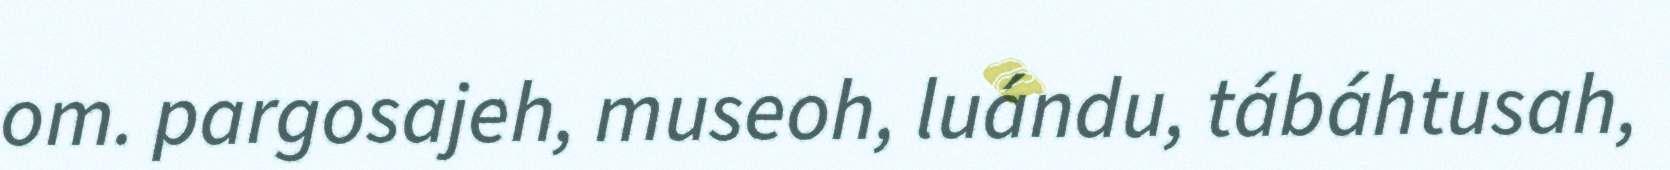
om. pargosajeh, museoh, luándu, tábáhtusah,